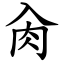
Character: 肏